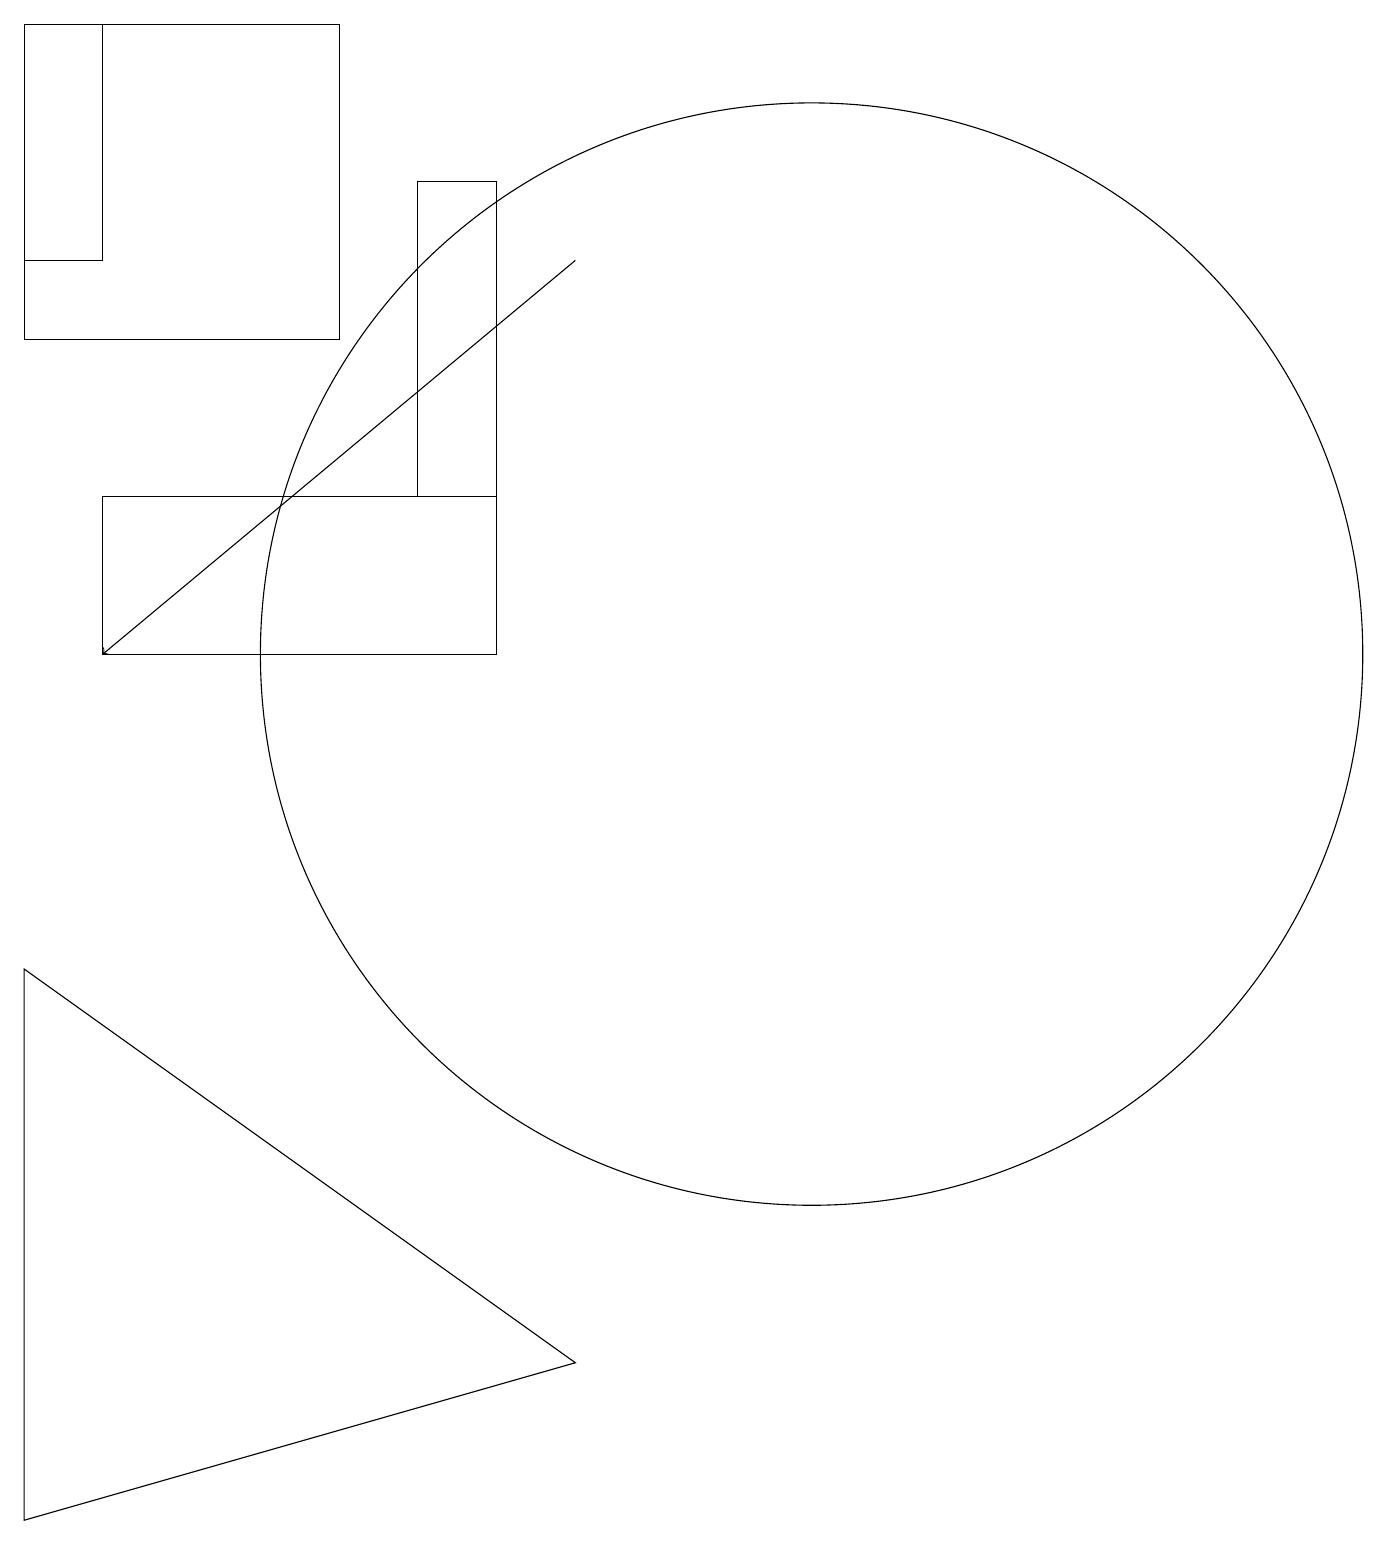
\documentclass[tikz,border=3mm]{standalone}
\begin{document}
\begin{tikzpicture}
\draw (4,15) rectangle (0,19);
\draw (11,10) circle (0);
\draw (1,19) rectangle (0,16);
\draw (6,11) rectangle (1,13);
\draw (0,7) -- (0,0) -- (7,2) -- cycle;
\draw (5,17) rectangle (6,13);
\draw[->] (7,16) -- (1,11);
\draw (10,11) circle (7);
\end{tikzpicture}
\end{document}